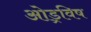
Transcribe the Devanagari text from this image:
ओड्रविष